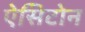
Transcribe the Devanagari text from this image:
ऐसिटोन